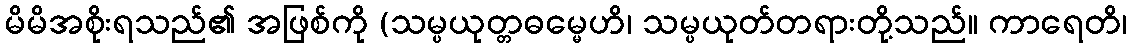
မိမိအစိုးရသည်၏ အဖြစ်ကို (သမ္ပယုတ္တဓမ္မေဟိ၊ သမ္ပယုတ်တရားတို့သည်။ ကာရေတိ၊